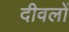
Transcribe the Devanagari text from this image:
दीवलों